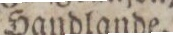
Handlande.